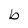
Character: b